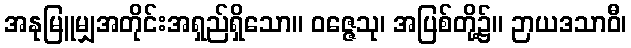
အနုမြူမျှအတိုင်းအရှည်ရှိသော။ ဝဇ္ဇေသု၊ အပြစ်တို့၌။ ဉာယဒသာဝီ၊